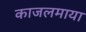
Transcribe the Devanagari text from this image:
काजलमाया